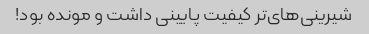
شیرینی‌های‌تر کیفیت پایینی داشت و مونده بود!